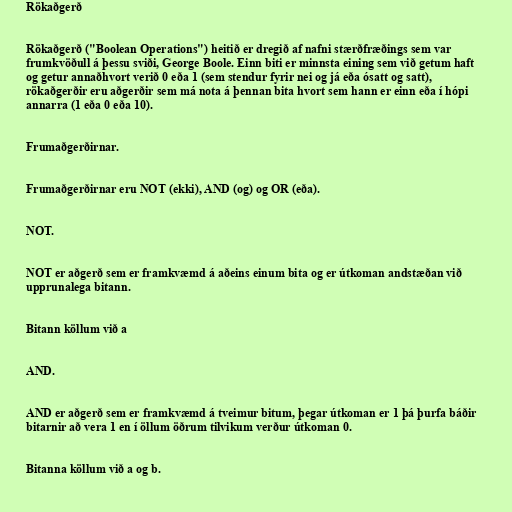
Rökaðgerð

Rökaðgerð ("Boolean Operations") heitið er dregið af nafni stærðfræðings sem var
frumkvöðull á þessu sviði, George Boole. Einn biti er minnsta eining sem við getum haft
og getur annaðhvort verið 0 eða 1 (sem stendur fyrir nei og já eða ósatt og satt),
rökaðgerðir eru aðgerðir sem má nota á þennan bita hvort sem hann er einn eða í hópi
annarra (1 eða 0 eða 10).

Frumaðgerðirnar.

Frumaðgerðirnar eru NOT (ekki), AND (og) og OR (eða).

NOT.

NOT er aðgerð sem er framkvæmd á aðeins einum bita og er útkoman andstæðan við
upprunalega bitann.

Bitann köllum við a

AND.

AND er aðgerð sem er framkvæmd á tveimur bitum, þegar útkoman er 1 þá þurfa báðir
bitarnir að vera 1 en í öllum öðrum tilvikum verður útkoman 0.

Bitanna köllum við a og b.